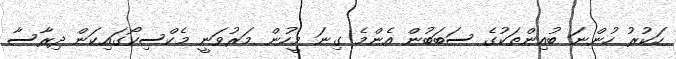
ހަކުރު ހުންނަ ބުއިންތަކުގެ ސަބަބުން އެންމެ ގިނަ މީހުން މަރުވަނީ މެކްސިކޯގައިކަން ދިރާސާ